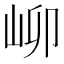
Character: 𪨫